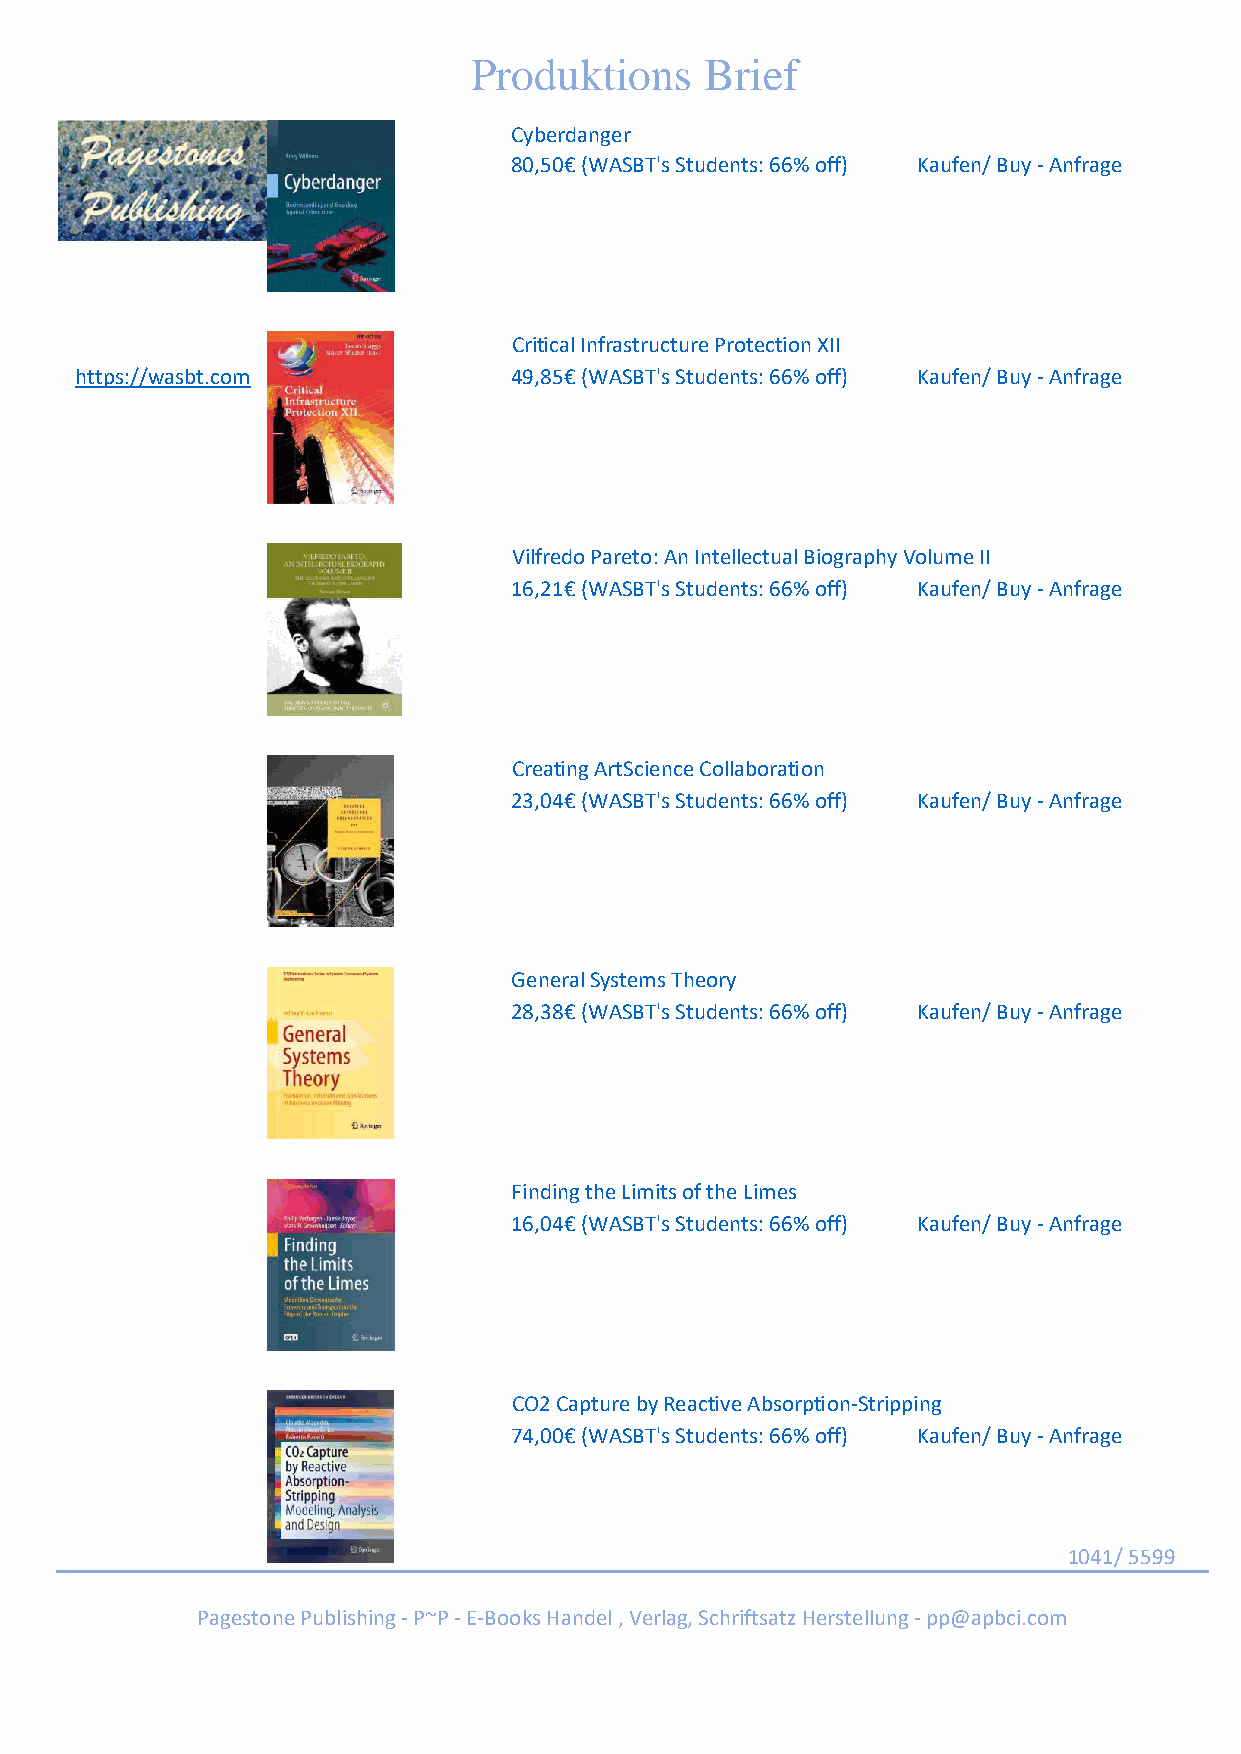
Produktions     Brief
 Cyberdanger
 80,50€ (WASBT's Students: 66% off) Kaufen/ Buy - Anfrage
 Critical Infrastructure Protection XII
 https://wasbt.com            49,85€ (WASBT's Students: 66% off) Kaufen/ Buy - Anfrage
 Vilfredo Pareto: An Intellectual Biography Volume II
 16,21€ (WASBT's Students: 66% off) Kaufen/ Buy - Anfrage
 Creating ArtScience Collaboration
 23,04€ (WASBT's Students: 66% off) Kaufen/ Buy - Anfrage
 General Systems Theory
 28,38€ (WASBT's Students: 66% off) Kaufen/ Buy - Anfrage
 Finding the Limits of the Limes
 16,04€ (WASBT's Students: 66% off) Kaufen/ Buy - Anfrage
 CO2 Capture by Reactive Absorption-Stripping
 74,00€ (WASBT's Students: 66% off) Kaufen/ Buy - Anfrage
 1041/ 5599
 Pagestone Publishing - P~P - E-Books Handel , Verlag, Schriftsatz Herstellung - pp@apbci.com